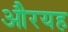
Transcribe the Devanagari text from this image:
औरयह